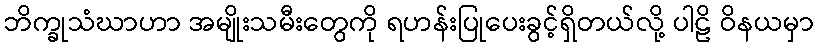
ဘိက္ခုသံဃာဟာ အမျိုးသမီးတွေကို ရဟန်းပြုပေးခွင့်ရှိတယ်လို့ ပါဠိ ဝိနယမှာ